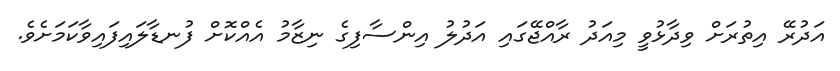
އަދުރޭ އިތުރަށް ވިދާޅުވީ މިއަދު ރާއްޖޭގައި އަދުލު އިންސާފިގެ ނިޒާމު އެއްކޮށް ފުނޑާލައިފައިވާކަމަށެވެ.